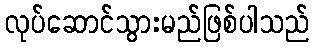
လုပ်ဆောင်သွားမည်ဖြစ်ပါသည်